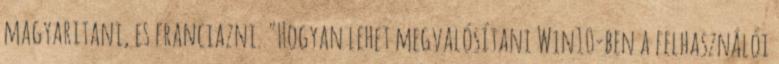
magyaritani, es franciazni. "Hogyan lehet megvalósítani Win10-ben a felhasználói